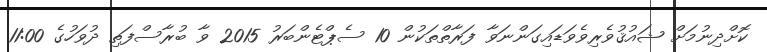
ކޮށްދިނުމަށް ޝައުޤުވެރިވެވަޑައިގަންނަވާ ފަރާތްތަކުން 10 ސެޕްޓެންބަރު 2015 ވާ ބުރާސްފަތި ދުވަހުގެ 11:00